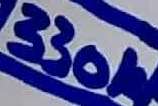
Text: 330K